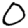
Digit: 0